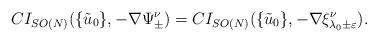
LaTeX: \begin{align*} CI_{SO(N)}(\{\tilde{u}_0\},-\nabla\Psi^{\nu}_{\pm})= CI_{SO(N)}(\{\tilde{u}_0\},-\nabla\xi^{{\nu}}_{\lambda_0 \pm \varepsilon}).\end{align*}